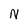
Character: N